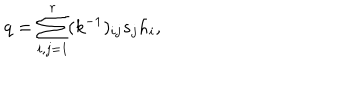
q = \sum _ { i , j = 1 } ^ { r } ( k ^ { - 1 } ) _ { i j } s _ { j } h _ { i } ,